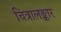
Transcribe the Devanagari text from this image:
चित्रालङ्कार